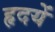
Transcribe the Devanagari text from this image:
हृदयें